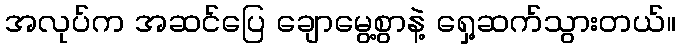
အလုပ်က အဆင်ပြေ ချောမွေ့စွာနဲ့ ရှေ့ဆက်သွားတယ်။